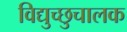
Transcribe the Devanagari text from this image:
विद्युच्छुचालक